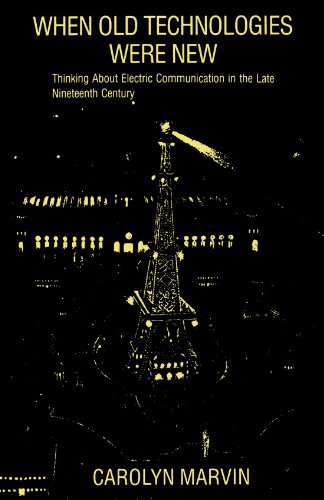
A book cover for When Old Technologies Were New: Thinking About Electric Communication in the Late Nineteenth Century; Carolyn Marvin; Reference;